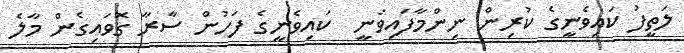
ލަތީފު ކައިވެނީގެ ކުރިން ނިންމާފައިވަނީ  ކައިވެނީގެ ފަހުން ސާރާ ގޮވައިގެން މާލެ